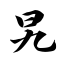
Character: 旯